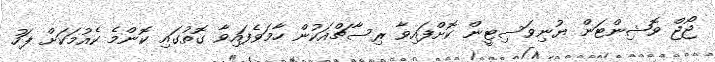
ޖޯޖް ވޮޝިންޓަން ޔުނިވަސިޓީން ކޮށްފައިވާ ރިސާޗްއަކުން ހާމަވެފައިވާ ގޮތުގައި ކޮންމެ ކެއުމަކަށް ފަހު